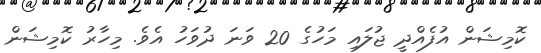
ކޮމިޝަން އުފެއްދީ ޖުލައި މަހުގެ 20 ވަނަ ދުވަހު އެވެ. މިހާރު ކޮމިޝަން